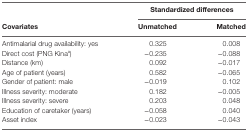
|  | <COLSPAN=2> Standardized differences |
 | Covariates | Unmatched | Matched |
 | --- | --- | --- |
 | Antimalarial drug availability: yes | 0.325 | 0.008 |
 | Direct cost (PNG Kinaa) | −0.235 | −0.088 |
 | Distance (km) | 0.092 | −0.017 |
 | Age of patient (years) | 0.582 | −0.065 |
 | Gender of patient: male | −0.019 | 0.102 |
 | Illness severity: moderate | 0.182 | −0.005 |
 | Illness severity: severe | 0.203 | 0.048 |
 | Education of caretaker (years) | −0.058 | 0.040 |
 | Asset index | −0.023 | −0.043 |